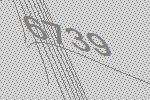
6739